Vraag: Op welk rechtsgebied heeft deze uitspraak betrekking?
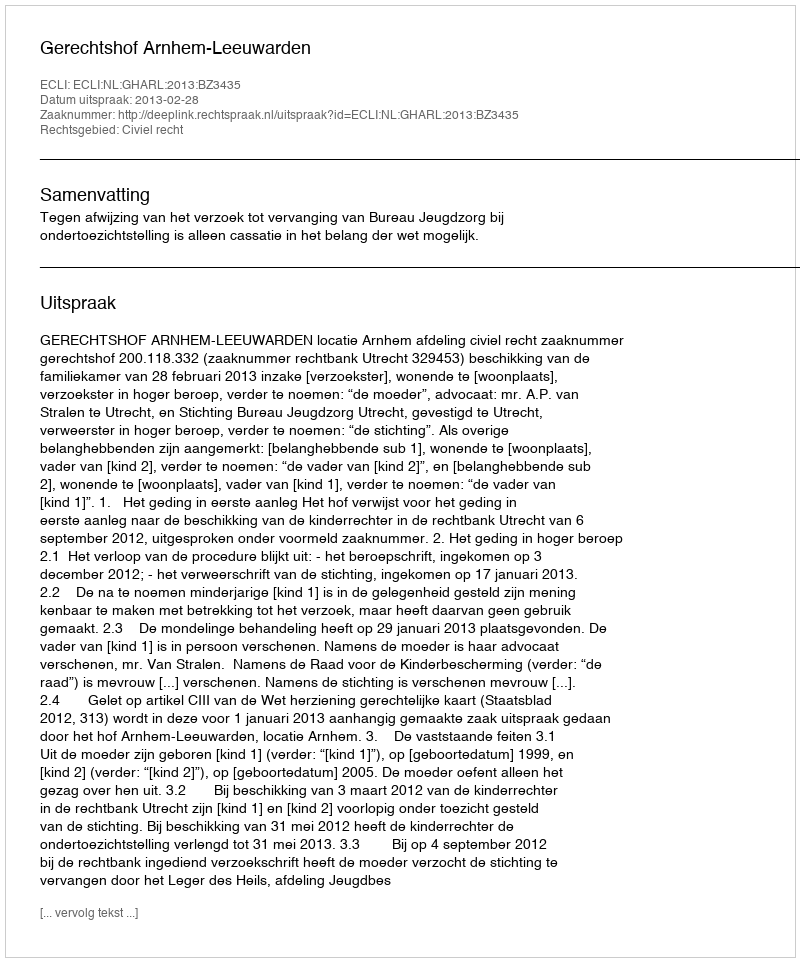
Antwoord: Civiel recht